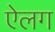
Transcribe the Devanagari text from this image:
ऐलग